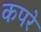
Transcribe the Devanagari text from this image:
कपरे